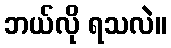
ဘယ်လို ရသလဲ။